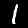
Label: 1